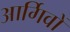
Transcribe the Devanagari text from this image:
आर्गिवों